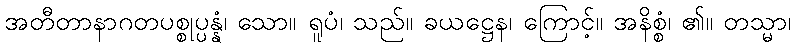
အတီတာနာဂတပစ္စုပ္ပန္နံ၊ သော။ ရူပံ၊ သည်။ ခယဋ္ဌေန၊ ကြောင့်။ အနိစ္စံ၊ ၏။ တသ္မာ၊